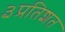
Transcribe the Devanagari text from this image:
३प्रतिशत